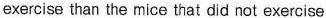
exercise than the mice that did not exercise.